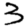
Digit: 3